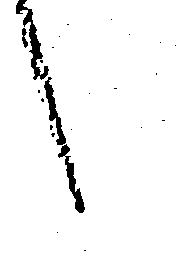
か